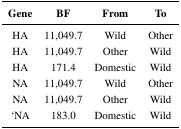
<table><thead><tr><td><b>Gene</b></td><td><b>BF</b></td><td><b>From</b></td><td><b>To</b></td></tr></thead><tbody><tr><td>HA</td><td>11,049.7</td><td>Wild</td><td>Other</td></tr><tr><td>HA</td><td>11,049.7</td><td>Other</td><td>Wild</td></tr><tr><td>HA</td><td>171.4</td><td>Domestic</td><td>Wild</td></tr><tr><td>NA</td><td>11,049.7</td><td>Wild</td><td>Other</td></tr><tr><td>NA</td><td>11,049.7</td><td>Other</td><td>Wild</td></tr><tr><td>&#x27;NA</td><td>183.0</td><td>Domestic</td><td>Wild</td></tr></tbody></table>